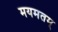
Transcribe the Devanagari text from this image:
मयमतम्